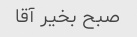
صبح بخیر آقا